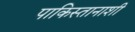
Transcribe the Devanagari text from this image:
पाकिस्तानाशी